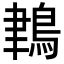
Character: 𪁀